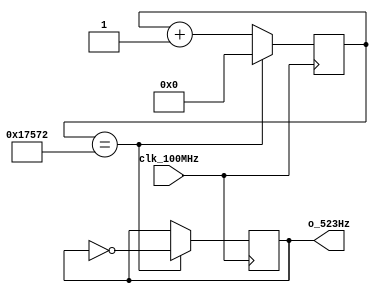
// This program was cloned from: https://github.com/FPGADude/Digital-Design
// License: GNU General Public License v3.0

`timescale 1ns / 1ps
//////////////////////////////////////////////////////////////////////////////////
// Authored by David J. Marion aka FPGA Dude
// Created on 4/29/2022
// Using Vivado 2021.2
// Generating 523Hz signal for music tone 'cH'
//////////////////////////////////////////////////////////////////////////////////

module cH_523Hz(
    input clk_100MHz,
    output o_523Hz      // PMOD JB[0]
    );
    
    // 100MHz / 95,602 / 2 = 523.0016Hz
    reg r_523Hz;
    reg [16:0] r_counter = 0;
    
    always @(posedge clk_100MHz)
        if(r_counter == 17'd95_602) begin
            r_counter <= 0;
            r_523Hz <= ~r_523Hz;
            end
        else
            r_counter <= r_counter + 1;

    assign o_523Hz = r_523Hz;
    
endmodule